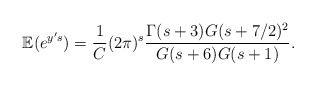
\begin{align*}\mathbb{E}(e^{y's}) = \frac{1}{C}(2\pi)^{s}\frac{\Gamma(s+3)G(s+7/2)^{2}}{G(s+6)G(s+1)}. \end{align*}